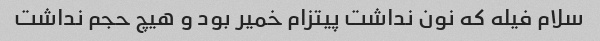
سلام فیله که نون نداشت پیتزام خمیر بود و هیچ حجم نداشت